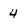
Character: 4